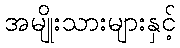
အမျိုးသားများနှင့်